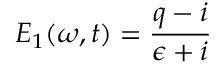
E _ { 1 } ( \omega , t ) = \frac { q - i } { \epsilon + i }